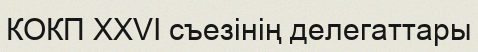
КОКП XXVI съезінің делегаттары